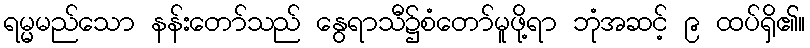
ရမ္မမည်သော နန်းတော်သည် နွေရာသီ၌စံတော်မူဖို့ရာ ဘုံအဆင့် ၉ ထပ်ရှိ၏။